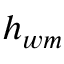
h _ { w m }